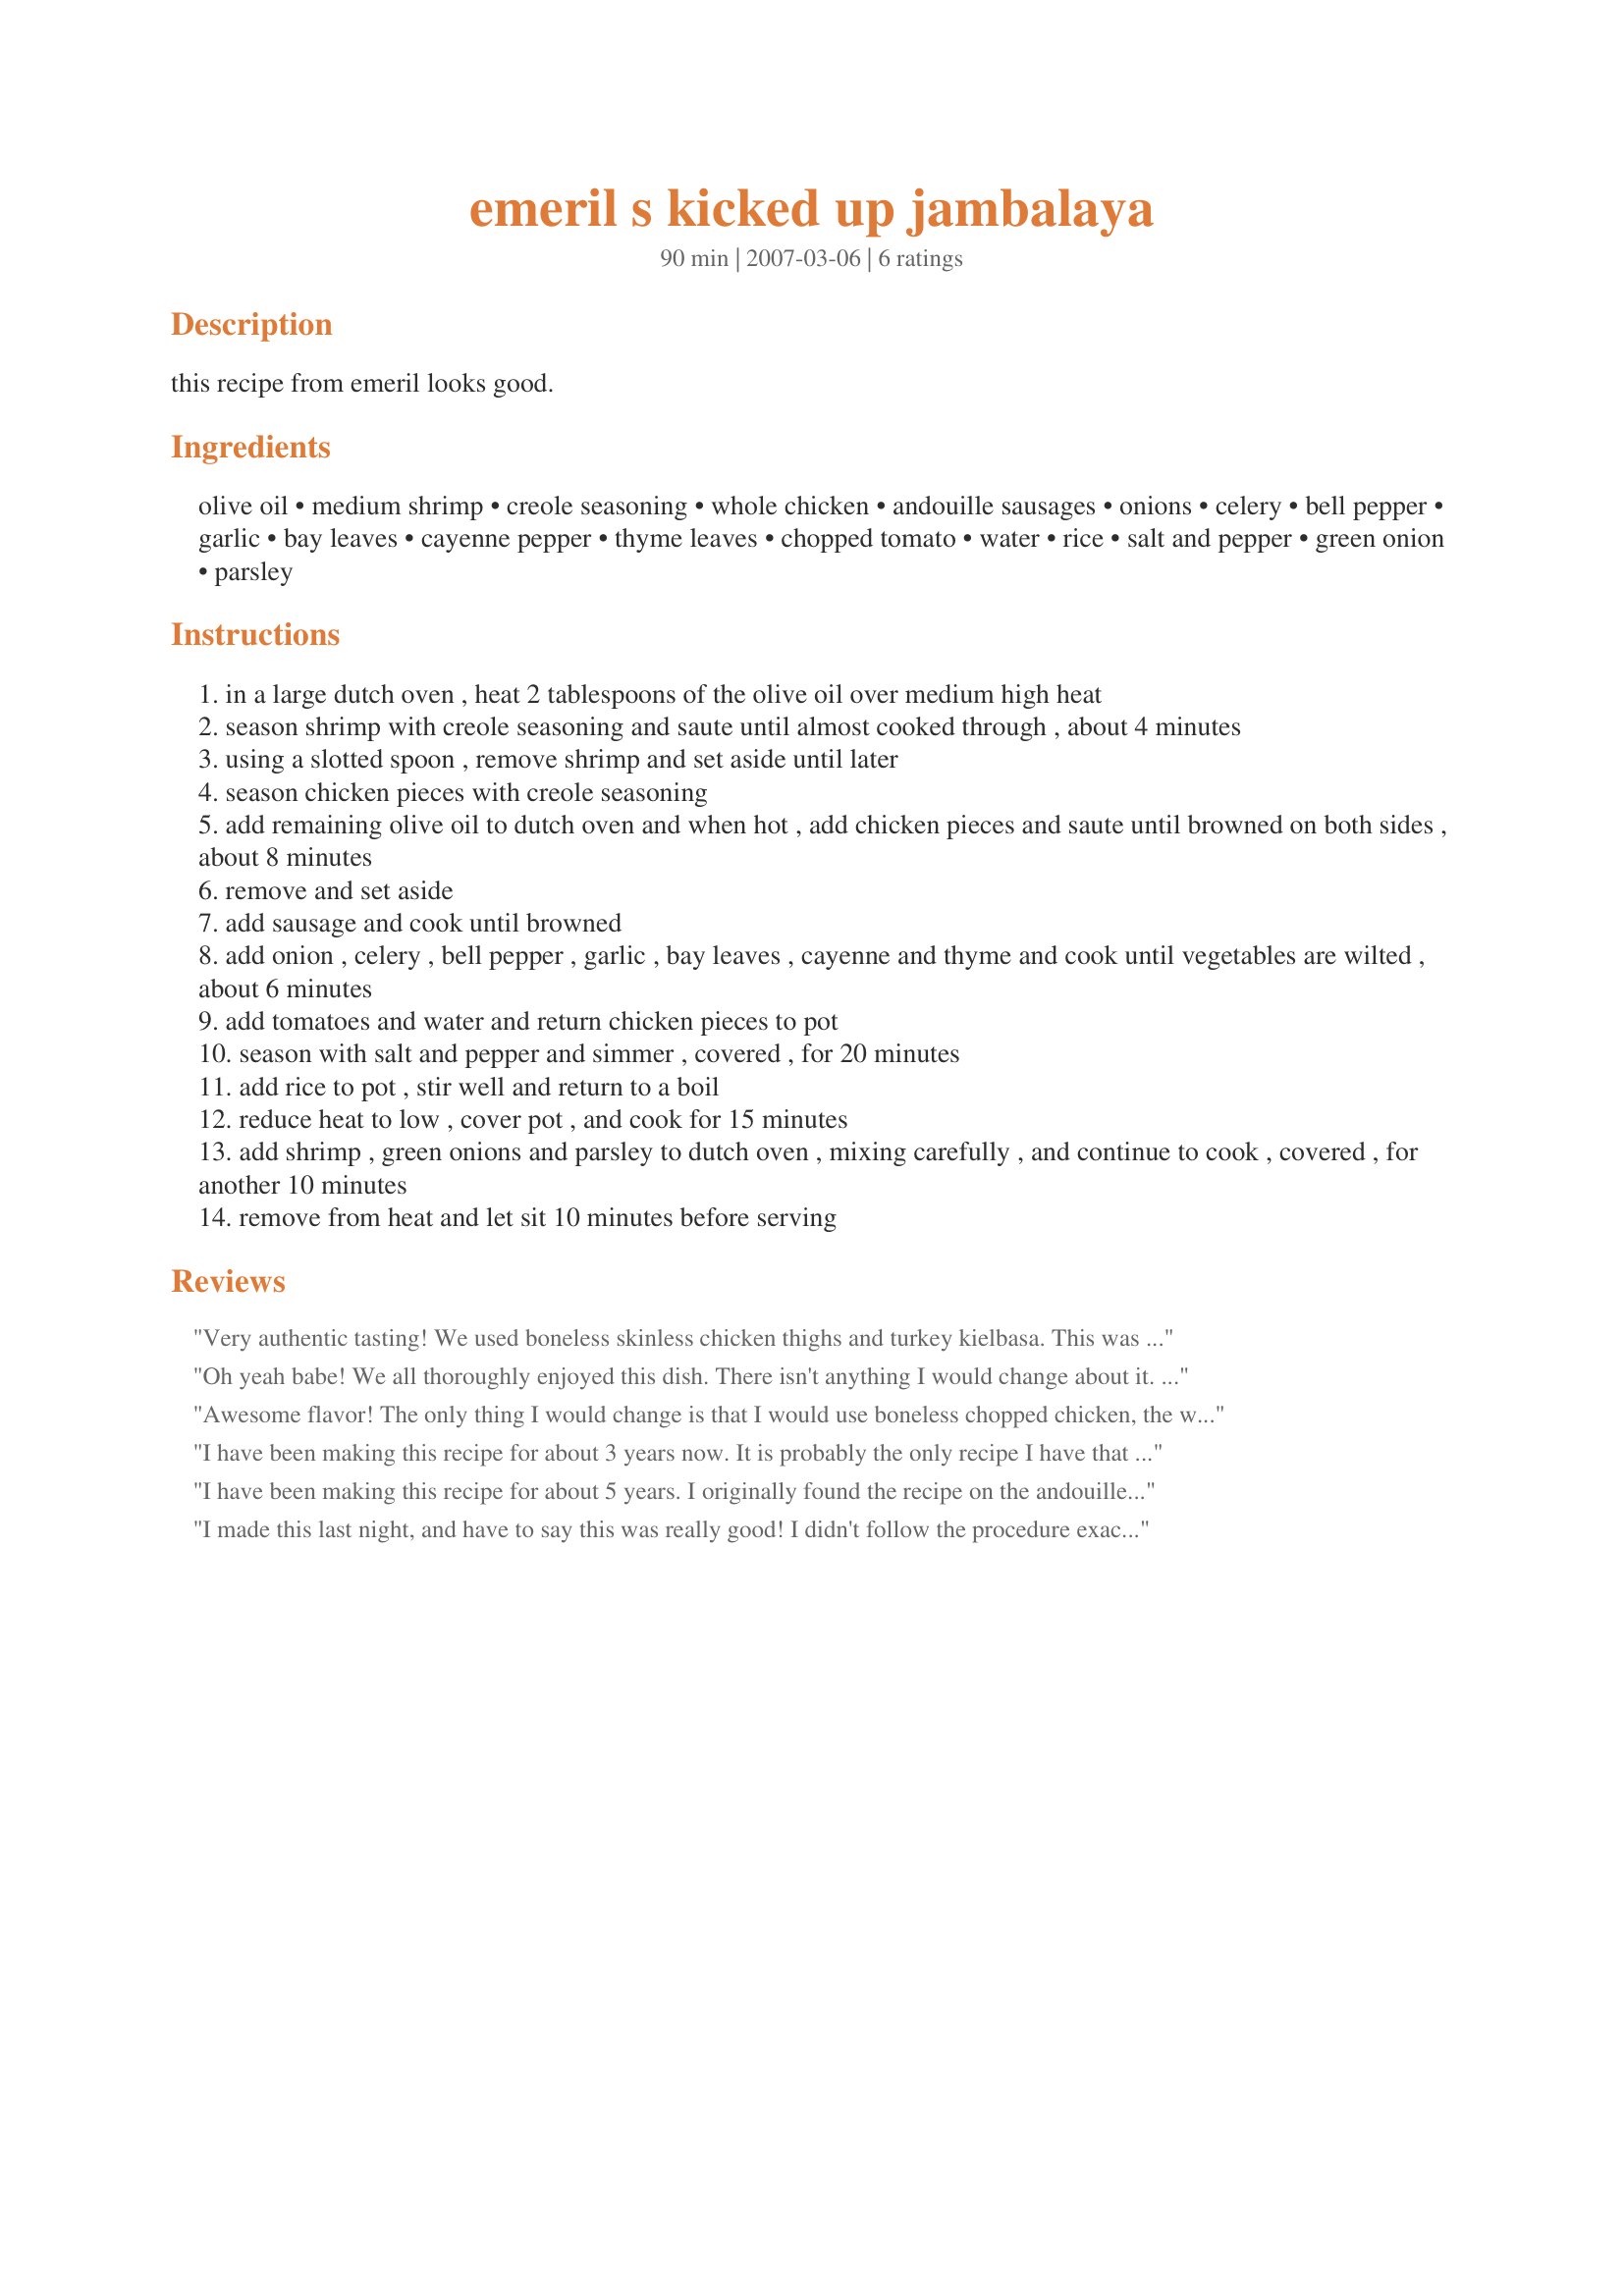
emeril s kicked up jambalaya
Preparation time: 90 minutes

this recipe from emeril looks good.

Ingredients:
olive oil, medium shrimp, creole seasoning, whole chicken, andouille sausages, onions, celery, bell pepper, garlic, bay leaves, cayenne pepper, thyme leaves, chopped tomato, water, rice, salt and pepper, green onion, parsley

Steps:
in a large dutch oven , heat 2 tablespoons of the olive oil over medium high heat
season shrimp with creole seasoning and saute until almost cooked through , about 4 minutes
using a slotted spoon , remove shrimp and set aside until later
season chicken pieces with creole seasoning
add remaining olive oil to dutch oven and when hot , add chicken pieces and saute until browned on both sides , about 8 minutes
remove and set aside
add sausage and cook until browned
add onion , celery , bell pepper , garlic , bay leaves , cayenne and thyme and cook until vegetables are wilted , about 6 minutes
add tomatoes and water and return chicken pieces to pot
season with salt and pepper and simmer , covered , for 20 minutes
add rice to pot , stir well and return to a boil
reduce heat to low , cover pot , and cook for 15 minutes
add shrimp , green onions and parsley to dutch oven , mixing carefully , and continue to cook , covered , for another 10 minutes
remove from heat and let sit 10 minutes before serving

Reviews:
Very authentic tasting! We used boneless skinless chicken thighs and turkey kielbasa. This was a lot of fun to make with DH and will be making it again in the near future!
Oh yeah babe!
We all thoroughly enjoyed this dish. There isn't anything I would change about it. Smells great, tastes great, what more could you ask for?
I do whole heartedly recommend andouille sausage for this recipe, other sausages just don't add the same authentic flavor.
We will definitely have this one again. Thanks for a great recipe! :)
Awesome flavor! The only thing I would change is that I would use boneless chopped chicken, the whole pieces were too large and fell apart in akward ways. It really is a delicous recipe though, everyone just loved it. This will be my Jambalya recipe from now on!
I have been making this recipe for about 3 years now. It is probably the only recipe I have that I follow exactly! It is wonderful. It is not uncommon for this to be requested by friends and family at least once a month, and always at the Nascar races that we go to. I make it the day before and then heat it up in a foil pan in the oven of the camper. Yum! The Creole seasoning is good also on chicken and pork. Hot and spicy.
I have been making this recipe for about 5 years. I originally found the recipe on the andouille sausage package. Everyone loves this! The only thing I change is to use the boneless chopped chicken like someone else suggested. I can make the chicken ahead of time and it helps the recipe go just a little faster on busy weeknights. Easily the most requested recipe by my teens!
I made this last night, and have to say this was really good! I didn't follow the procedure exactly, and made one ingredient modification (used half the sausage, because that's all I had) but the results were great. I didn't pre-cook the shrimp, but instead put all the seasoning on the chicken. I also did not use whole chicken, but boneless breasts and thighs. When sauteing the chicken, I picked out the breast pieces before browning (didn't want to overcook them.) It did take quite a while to cook, so I wouldn't do this if in a hurry. I can't say if it is authentic, but it is very very tasty!
